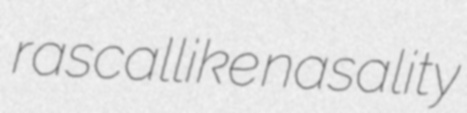
rascallike nasality